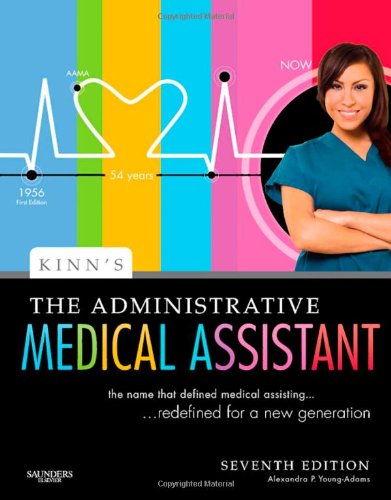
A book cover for Kinn's The Administrative Medical Assistant: An Applied Learning Approach, 7e; Alexandra Patricia Adams BBA  RMA  CMA (AAMA)  MA; Medical Books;